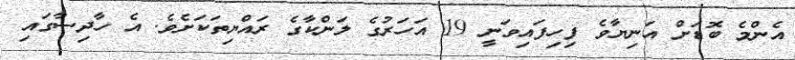
އެންމެ ބޮޑަށް އަނިޔާވެ ފިހިފައިވަނީ 19 އަހަރުގެ ލަންކާގެ ރައްޔިތަކަށެވެ. އެ ހާދިސާގައި